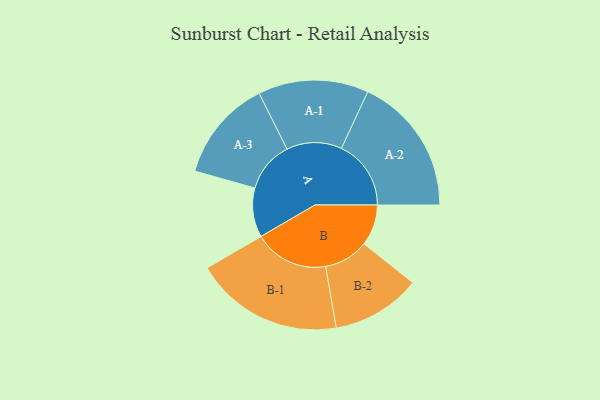
{"axis": {"x": "Segment", "y": "Value"}, "legend": ["", "A", "B"], "data": [{"x": "A", "y": 140, "type": ""}, {"x": "B", "y": 117, "type": ""}, {"x": "A-1", "y": 157, "type": "A"}, {"x": "A-2", "y": 198, "type": "A"}, {"x": "A-3", "y": 145, "type": "A"}, {"x": "B-1", "y": 212, "type": "B"}, {"x": "B-2", "y": 127, "type": "B"}]}